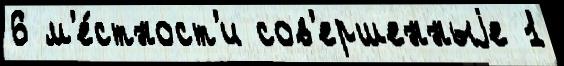
6 м'е́стност'и сов'ершенныjе 1